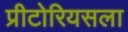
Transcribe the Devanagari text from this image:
प्रीटोरियसला